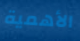
الأهمية